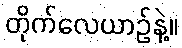
တိုက်လေယာဥ်နဲ့။